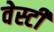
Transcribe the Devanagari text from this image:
वेस्टी